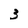
Character: 3